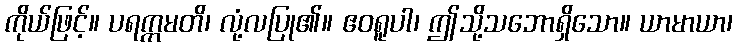
ကိုယ်ဖြင့်။ ပရက္ကမတိ၊ လုံ့လပြု၏။ ဧဝရူပါ၊ ဤသို့သဘောရှိသော။ ယာမာယာ၊